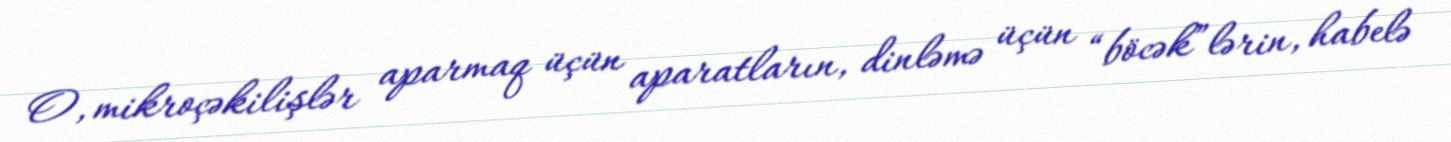
O, mikroçəkilişlər aparmaq üçün aparatların, dinləmə üçün “böcək”lərin, habelə